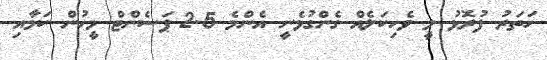
ހަތަރު ފުރޮޅު ލީ ވެހިކަލެއް ގެންގުޅެނީ އެންމެ 2.5 ޕަސެންޓް މީހުން ކަމާއި